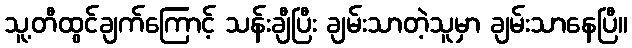
သူ့တီထွင်ချက်ကြောင့် သန်းချီပြီး ချမ်းသာတဲ့သူမှာ ချမ်းသာနေပြီ။